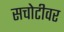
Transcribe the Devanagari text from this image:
सचोटीवर